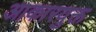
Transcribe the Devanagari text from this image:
आकारयुक्त